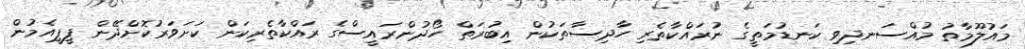
މައުލޫމާތު މުއްސަނދިވި ކަނޑުމަތީގެ ނުރައްކާތެރި ހާދިސާތަކުން އިބުރަތް ހޯދުންރައީސްގެ ރައްކާތެރިކަން ކަށަވަރުކޮށްދޭން ޕީޕީއެމުން